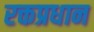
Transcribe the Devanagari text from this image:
रक्तप्रधान